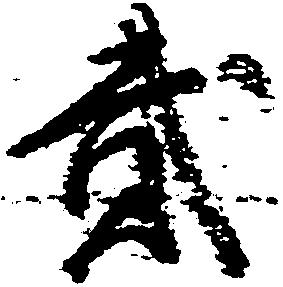
弐